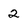
Character: 2